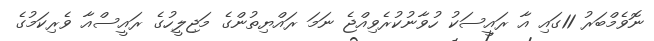
ނޮވެމްބަރު 11ގައި އާ ރައީސަކު ހުވާނުކުރެވިއްޖެ ނަމަ ރައްޔިތުންގެ މަޖިލީހުގެ ރައީސްއާ ވެރިކަމުގެ